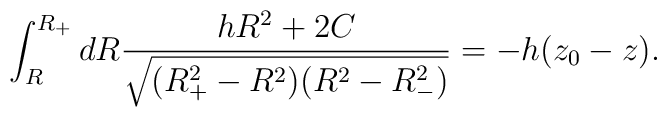
\int^{R_+}_R dR\frac{hR^2+2C}{\sqrt{(R^2_+-R^2)(R^2-R^2_-)}}=-h(z_0-z).